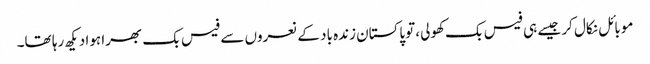
موبائل نکال کر جیسے ہی فیس بک کھولی، توپاکستان زندہ باد کے نعروں سے فیس بک بھرا ہوا دیکھ رہا تھا۔